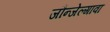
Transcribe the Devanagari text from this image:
जौन्जेल्गावा